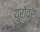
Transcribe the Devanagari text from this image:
युरोंवर